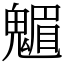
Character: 䰨